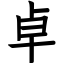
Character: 卓